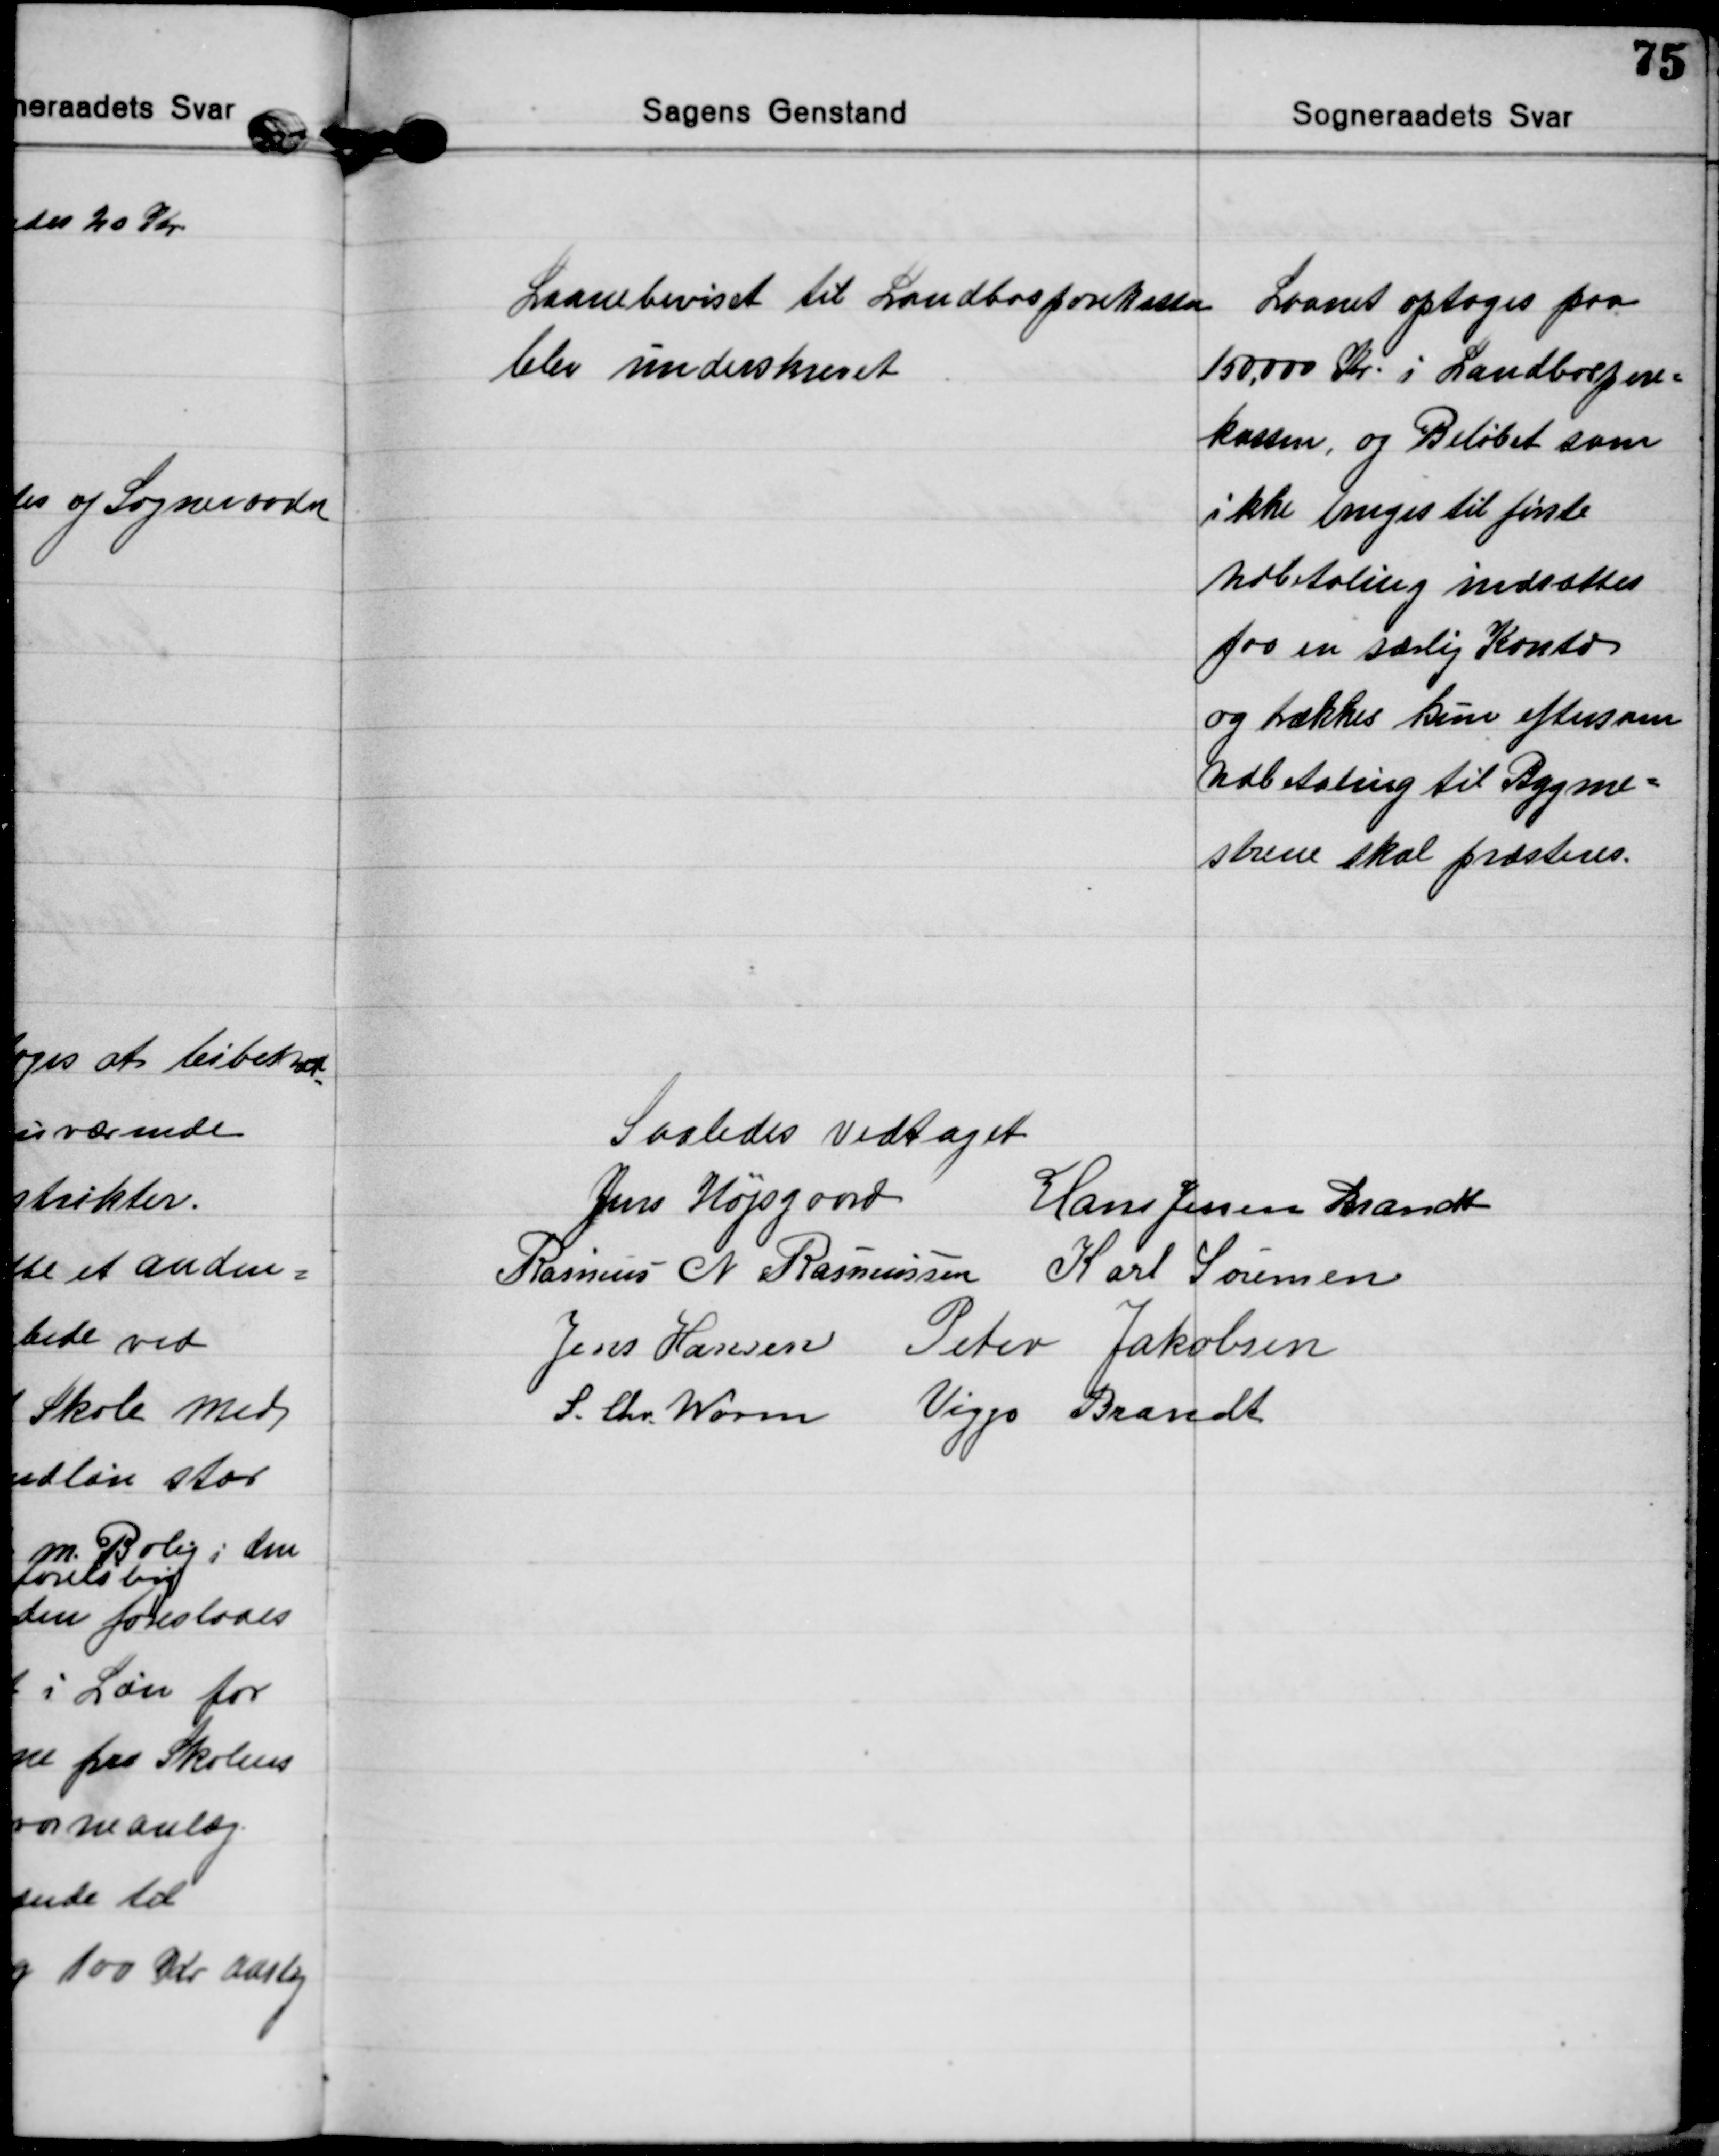
Transskription:
Laanebeviset til Landbosparekassen
blev underskrevet
Laanet optages paa
150,000 Kr. i Landbospare=
kassen, og Beløbet som
ikke bruges til første
Udbetaling indsættes
paa en særlig Konto
og trækkes kun eftersom
Udbetaling til Bygme=
strene skal præsteres.

Saaledes vedtaget
Jens Højsgaard Hans Jessen Brandt
Rasmus N. Rasmussen Karl Sørensen
Jens Hansen Peter Jakobsen
S. Chr. Worm Viggo Brandt